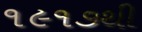
૧૯૧૭થી